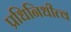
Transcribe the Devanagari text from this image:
प्रधिनिधीत्व